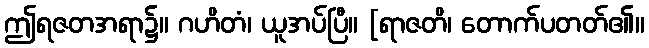
ဤရဇတအရာ၌။ ဂဟိတံ၊ ယူအပ်ပြီ။ [ရာဇတိ၊ တောက်ပတတ်၏။